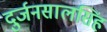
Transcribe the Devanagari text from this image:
दुर्जनसालसिंह